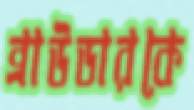
ব্রাউডারকে